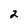
Character: 2